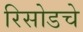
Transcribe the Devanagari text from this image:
रिसोडचे